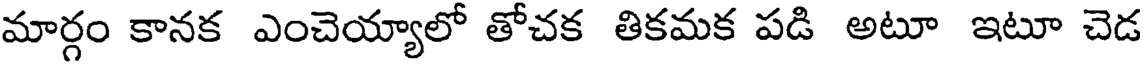
మార్గం కానక ఎంచెయ్యాలో తోచక తికమక పడి అటూ ఇటూ చెడ